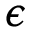
\epsilon